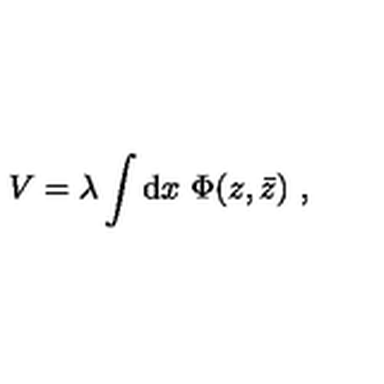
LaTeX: V = \lambda \int \mathrm { d } x \ \Phi ( z , { \bar { z } } ) \ ,